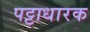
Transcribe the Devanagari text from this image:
पट्टाधारक